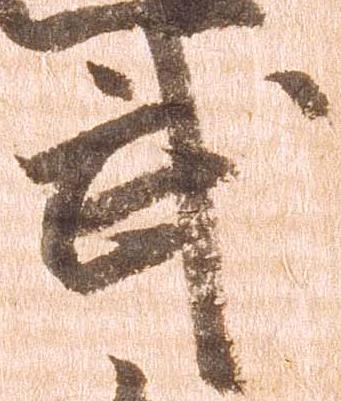
武